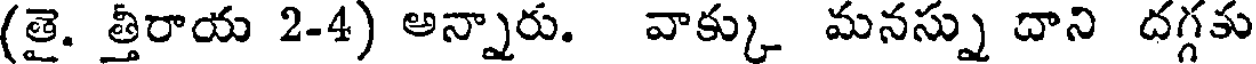
(తై. త్తీరాయ 2-4) అన్నారు. వాక్కు మనస్ను దాని దగ్గకు